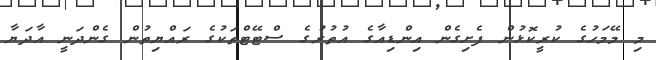
މި މޭމަހުގެ ކުރީކޮޅުން ފެށިގެން އިންޑިއާގެ އުތުރުގެ ސްޓޭޓްތަކުގެ ރައްޔިތުން ގެންދަނީ އާދަޔާ